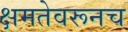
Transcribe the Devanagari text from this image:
क्षमतेवरूनच